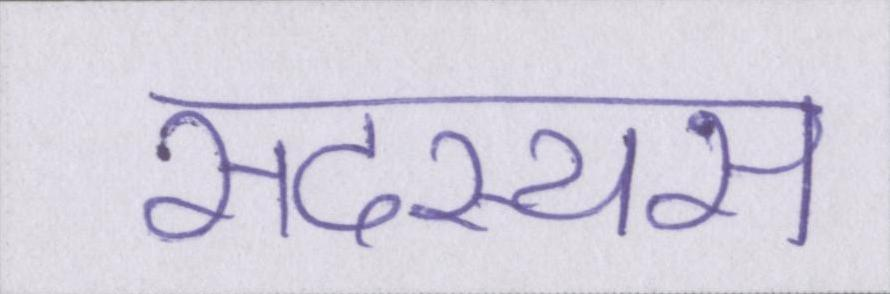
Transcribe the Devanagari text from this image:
सदस्यस